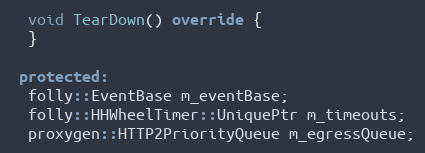
Language: C++
  void TearDown() override {
  }

 protected:
  folly::EventBase m_eventBase;
  folly::HHWheelTimer::UniquePtr m_timeouts;
  proxygen::HTTP2PriorityQueue m_egressQueue;